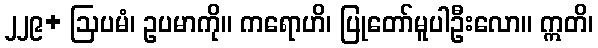
၂၂၉+ ဩပမံ၊ ဥပမာကို။ ကရောဟိ၊ ပြုတော်မူပါဦးလော။ ဣတိ၊